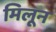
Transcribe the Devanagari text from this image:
मिलून